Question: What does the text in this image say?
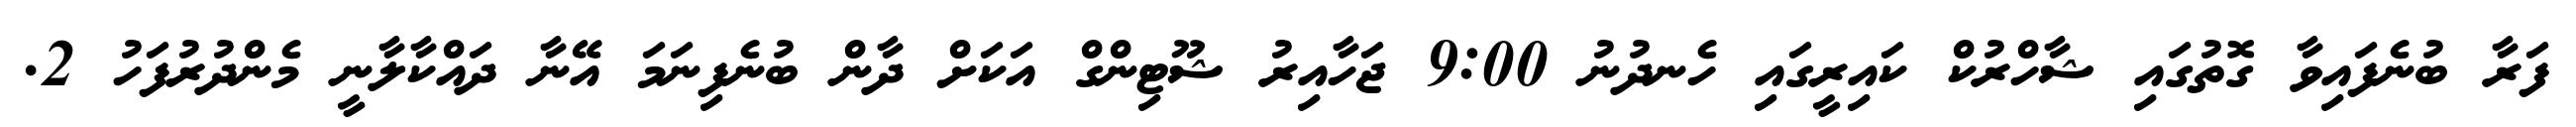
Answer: ފަރާ ބުނެފައިވާ ގޮތުގައި ޝާހްރުކް ކައިރީގައި ހެނދުނު 9:00 ޖަހާއިރު ޝޫޓިންގް އަކަށް ދާން ބުނެފިނަމަ އޭނާ ދައްކާލާނީ މެންދުރުފަހު 2.